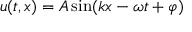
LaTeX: u ( t , x ) = A \sin ( k x - \omega t + \varphi )